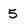
Character: 5